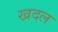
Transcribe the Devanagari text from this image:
खदल